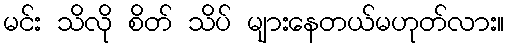
မင်း သိလို စိတ် သိပ် များနေတယ်မဟုတ်လား။